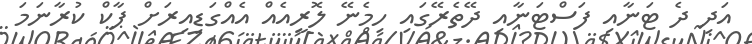
އަދި ދެ ޓަނާއި ފަސްޓަނާއި ދޭތެރޭގައި ހިމެނޭ ލޮރީއެއް އެއްގަޑިއިރަށް ޕާކް ކުރާނަމަ